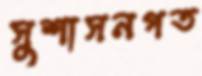
সুশাসনগত